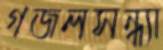
গজলসন্ধ্যা